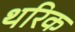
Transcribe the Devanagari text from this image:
थरिक